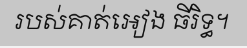
របស់គាត់អៀង ធីរិទ្ធ។